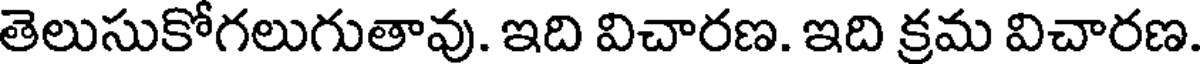
తెలుసుకోగలుగుతావు. ఇది విచారణ. ఇది క్రమ విచారణ